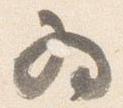
為